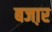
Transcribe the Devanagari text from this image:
बजा़र